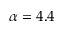
\alpha = 4 . 4